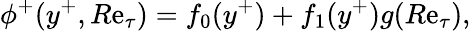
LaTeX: \phi^{+}(y^{+},R\mathrm{e}_{\tau})=f_{0}(y^{+})+f_{1}(y^{+})g(R\mathrm{e}_{\tau}),